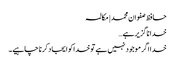
حافظ صفوان محمد | مکالمہ
خدا ناگزیر ہے…
خدا اگر موجود نہیں ہے تو خدا کو ایجاد کرنا چاہیے۔